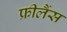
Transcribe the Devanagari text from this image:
फ्रीलैंस